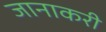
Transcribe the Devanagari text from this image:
जानाकरी